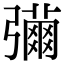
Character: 𢐳